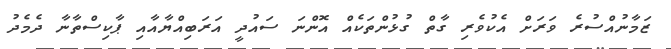
ޒަމާނުއްސުރެ ވަރަށް އެކުވެރި ގާތް ގުޅުންތަކެއް އޮންނަ ސައުދީ އަރަބިއްޔާއާއި ޕާކިސްތާނާ ދެމެދު